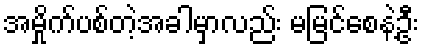
အမှိုက်ပစ်တဲ့အခါမှာလည်း မမြင်စေနဲ့ဦး